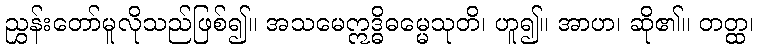
ညွှန်းတော်မူလိုသည်ဖြစ်၍။ အသမေဣဒ္ဓိဓမ္မေသုတိ၊ ဟူ၍။ အာဟ၊ ဆို၏။ တတ္ထ၊